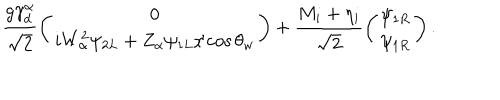
\frac { g \gamma _ { d } ^ { \alpha } } { \sqrt { 2 } } \left( \begin{array} { c } { { 0 } } \\ { { i W _ { \alpha } ^ { 2 } \psi _ { 2 L } + Z _ { \alpha } \psi _ { 1 L } / \cos \theta _ { w } } } \\ \end{array} \right) + \frac { M _ { i } + \eta _ { i } } { \sqrt { 2 } } \left( \begin{array} { c } { { \psi _ { 1 R } } } \\ { { \psi _ { 1 R } } } \\ \end{array} \right) .